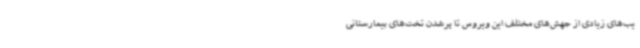
یب‌های زیادی از جهش‌های مختلف این ویروس تا پرشدن تخت‌های بیمارستانی